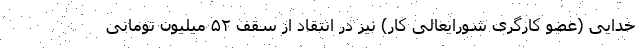
خدایی (عضو کارگری شورایعالی کار) نیز در انتقاد از سقف ۵۲ میلیون تومانی